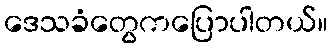
ဒေသခံတွေကပြောပါတယ်။